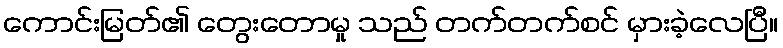
ကောင်းမြတ်၏ တွေးတောမှု သည် တက်တက်စင် မှားခဲ့လေပြီ။